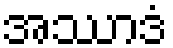
အဿာဒံ